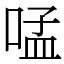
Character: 𠵼